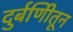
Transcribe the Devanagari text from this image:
दुर्बणिीतून